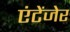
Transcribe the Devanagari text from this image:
एंटेंजेर